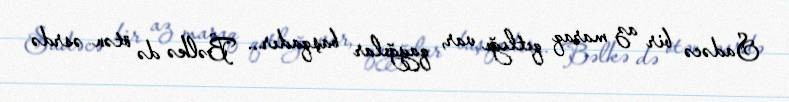
Sadəcə bir az maraq qıtlığı var, qayğılar başqadır... Bəlkə də ötən əsrdə